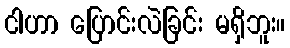
ငါဟာ ပြောင်းလဲခြင်း မရှိဘူး။